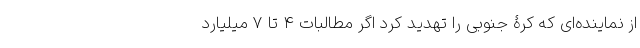
از نماینده‌ای که کرۀ جنوبی را تهدید کرد اگر مطالبات 4 تا 7 میلیارد